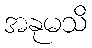
အနုမသိ